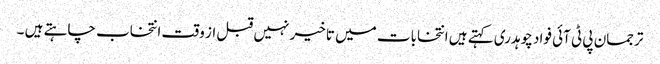
ترجمان پی ٹی آئی فواد چوہدری کہتے ہیں انتخابات میں تاخیر نہیں قبل از وقت انتخاب چاہتے ہیں ۔